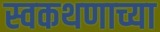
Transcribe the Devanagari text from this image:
स्वकथणाच्या